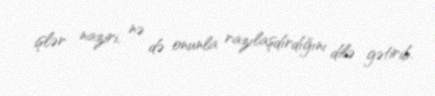
işlər naziri, nə də onunla razılaşdırdığını dilə gətirib.